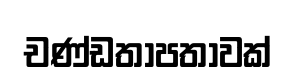
චණ්ඩතාපතාවක්